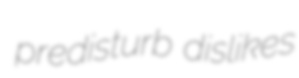
predisturb dislikes